V__Kingissepa_nim__kolhoos, lk 35
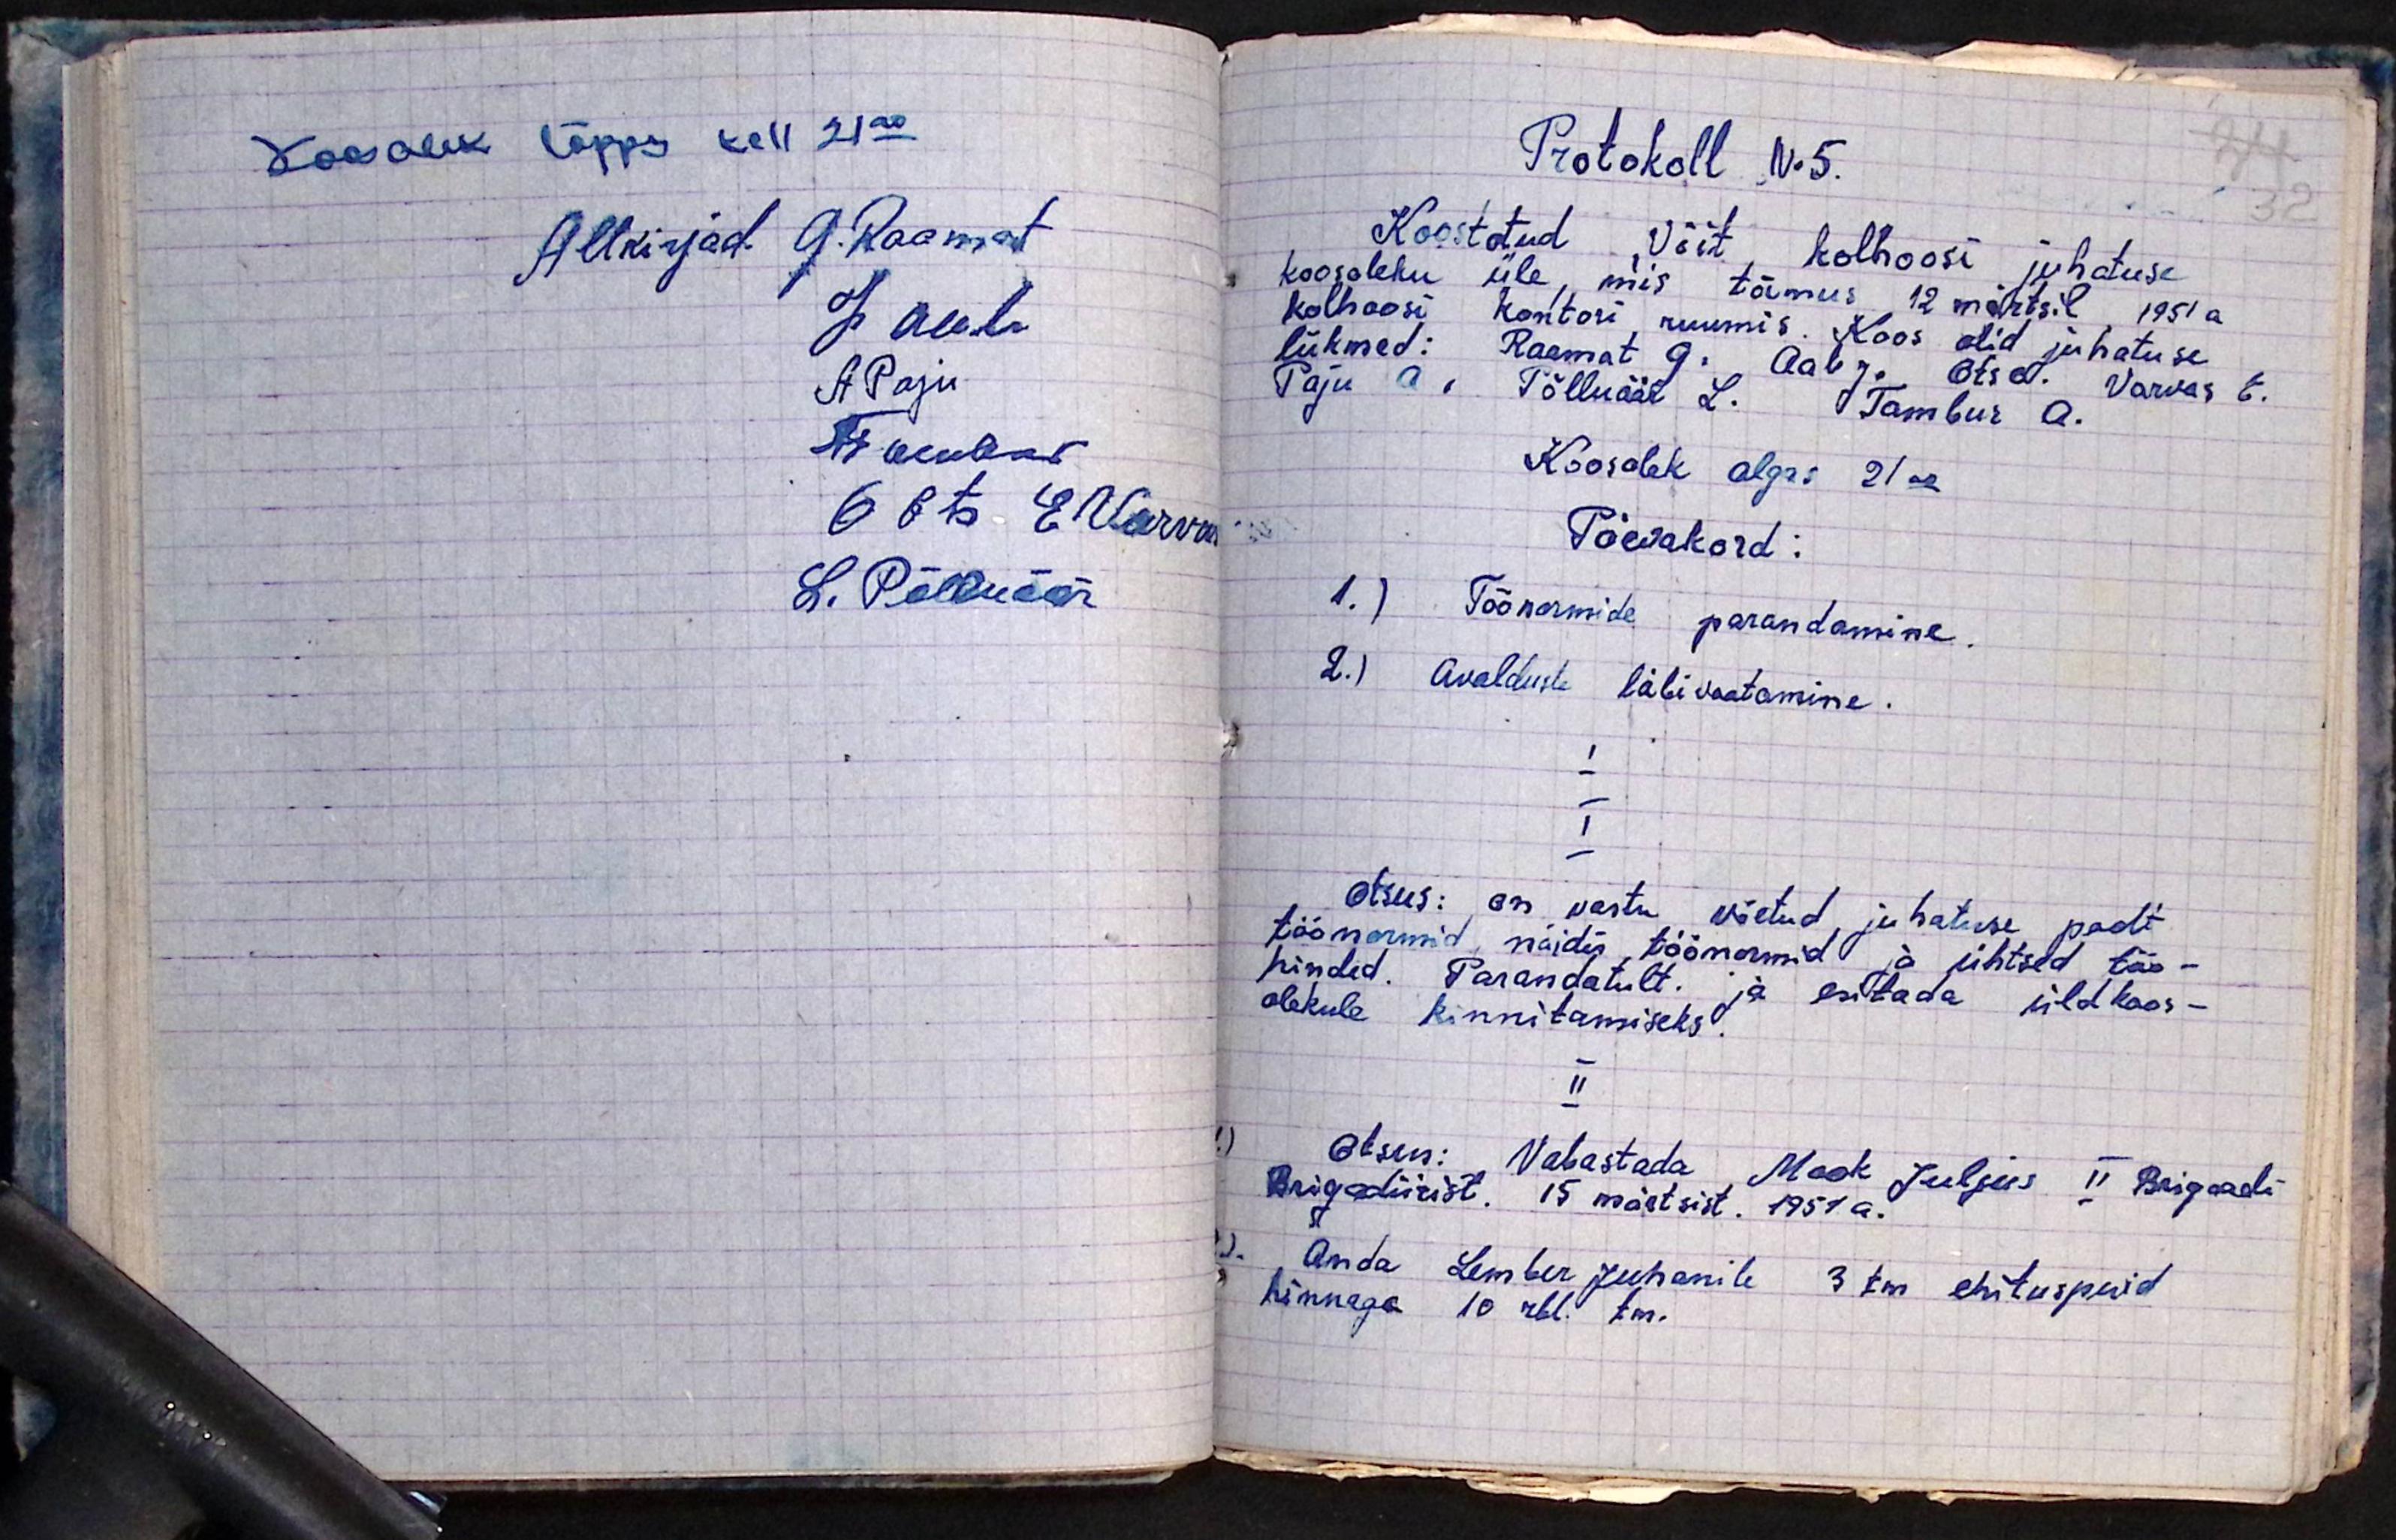
Koosolek lõppes kell 21.00
Allkirjad G. Raamat
J. Aab
A Paju
Nii alubas
O Ots E. Varvas
L. Põlluäär

Protokoll No 5.
Koostatud Võit kolhoosi juhatuse
koosoleku üle, mis toimus 12 märtsil 1951 a
kolhoosi kontori ruumis. Koos olid juhatuse
liikmed: Raamat G. Aab J. Ots O. Varvas E.
Paju A. Põlluäär L. Tambur A.
Koosolek algas 21.00
Päevakord:
1.) Töönormide parandamine
2.) Avalduste läbivaatamine.
I
I
Otsus: on vastu võetud juhatuse poolt
töönormid, näidis töönormid ja ühtsed töö-
hinded. Parandatult. ja esitada üldkoos-
olekule kinnitamiseks.
II
Otsus: Vabastada Mook Juljus II Brigaadi
Brigadiirist. 15 märtsist. 1951 a.
Anda Lember Juhanile 3 tm ehituspuid
hinnaga 10 rbl. tm.